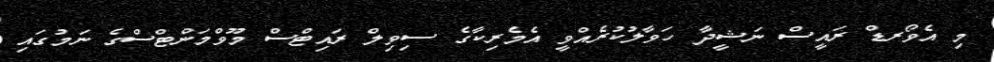
މި އެވޯރޑް ރައީސް ނަޝީދާ ހަވާލުކުރެއްވީ އެމެރިކާގެ ސިވިލް ރައިޓްސް މޫވްމަންޓްސްގެ ނަމުގައި